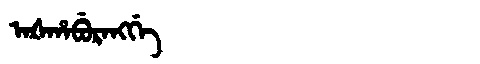
Manchu: ᠠᡧᡥᠠᠪᡠᡵᠠᠩᡤᡝ
Romanization: AŠHABURANGGE